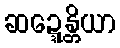
ဆဍ္ဍေန္တိယာ